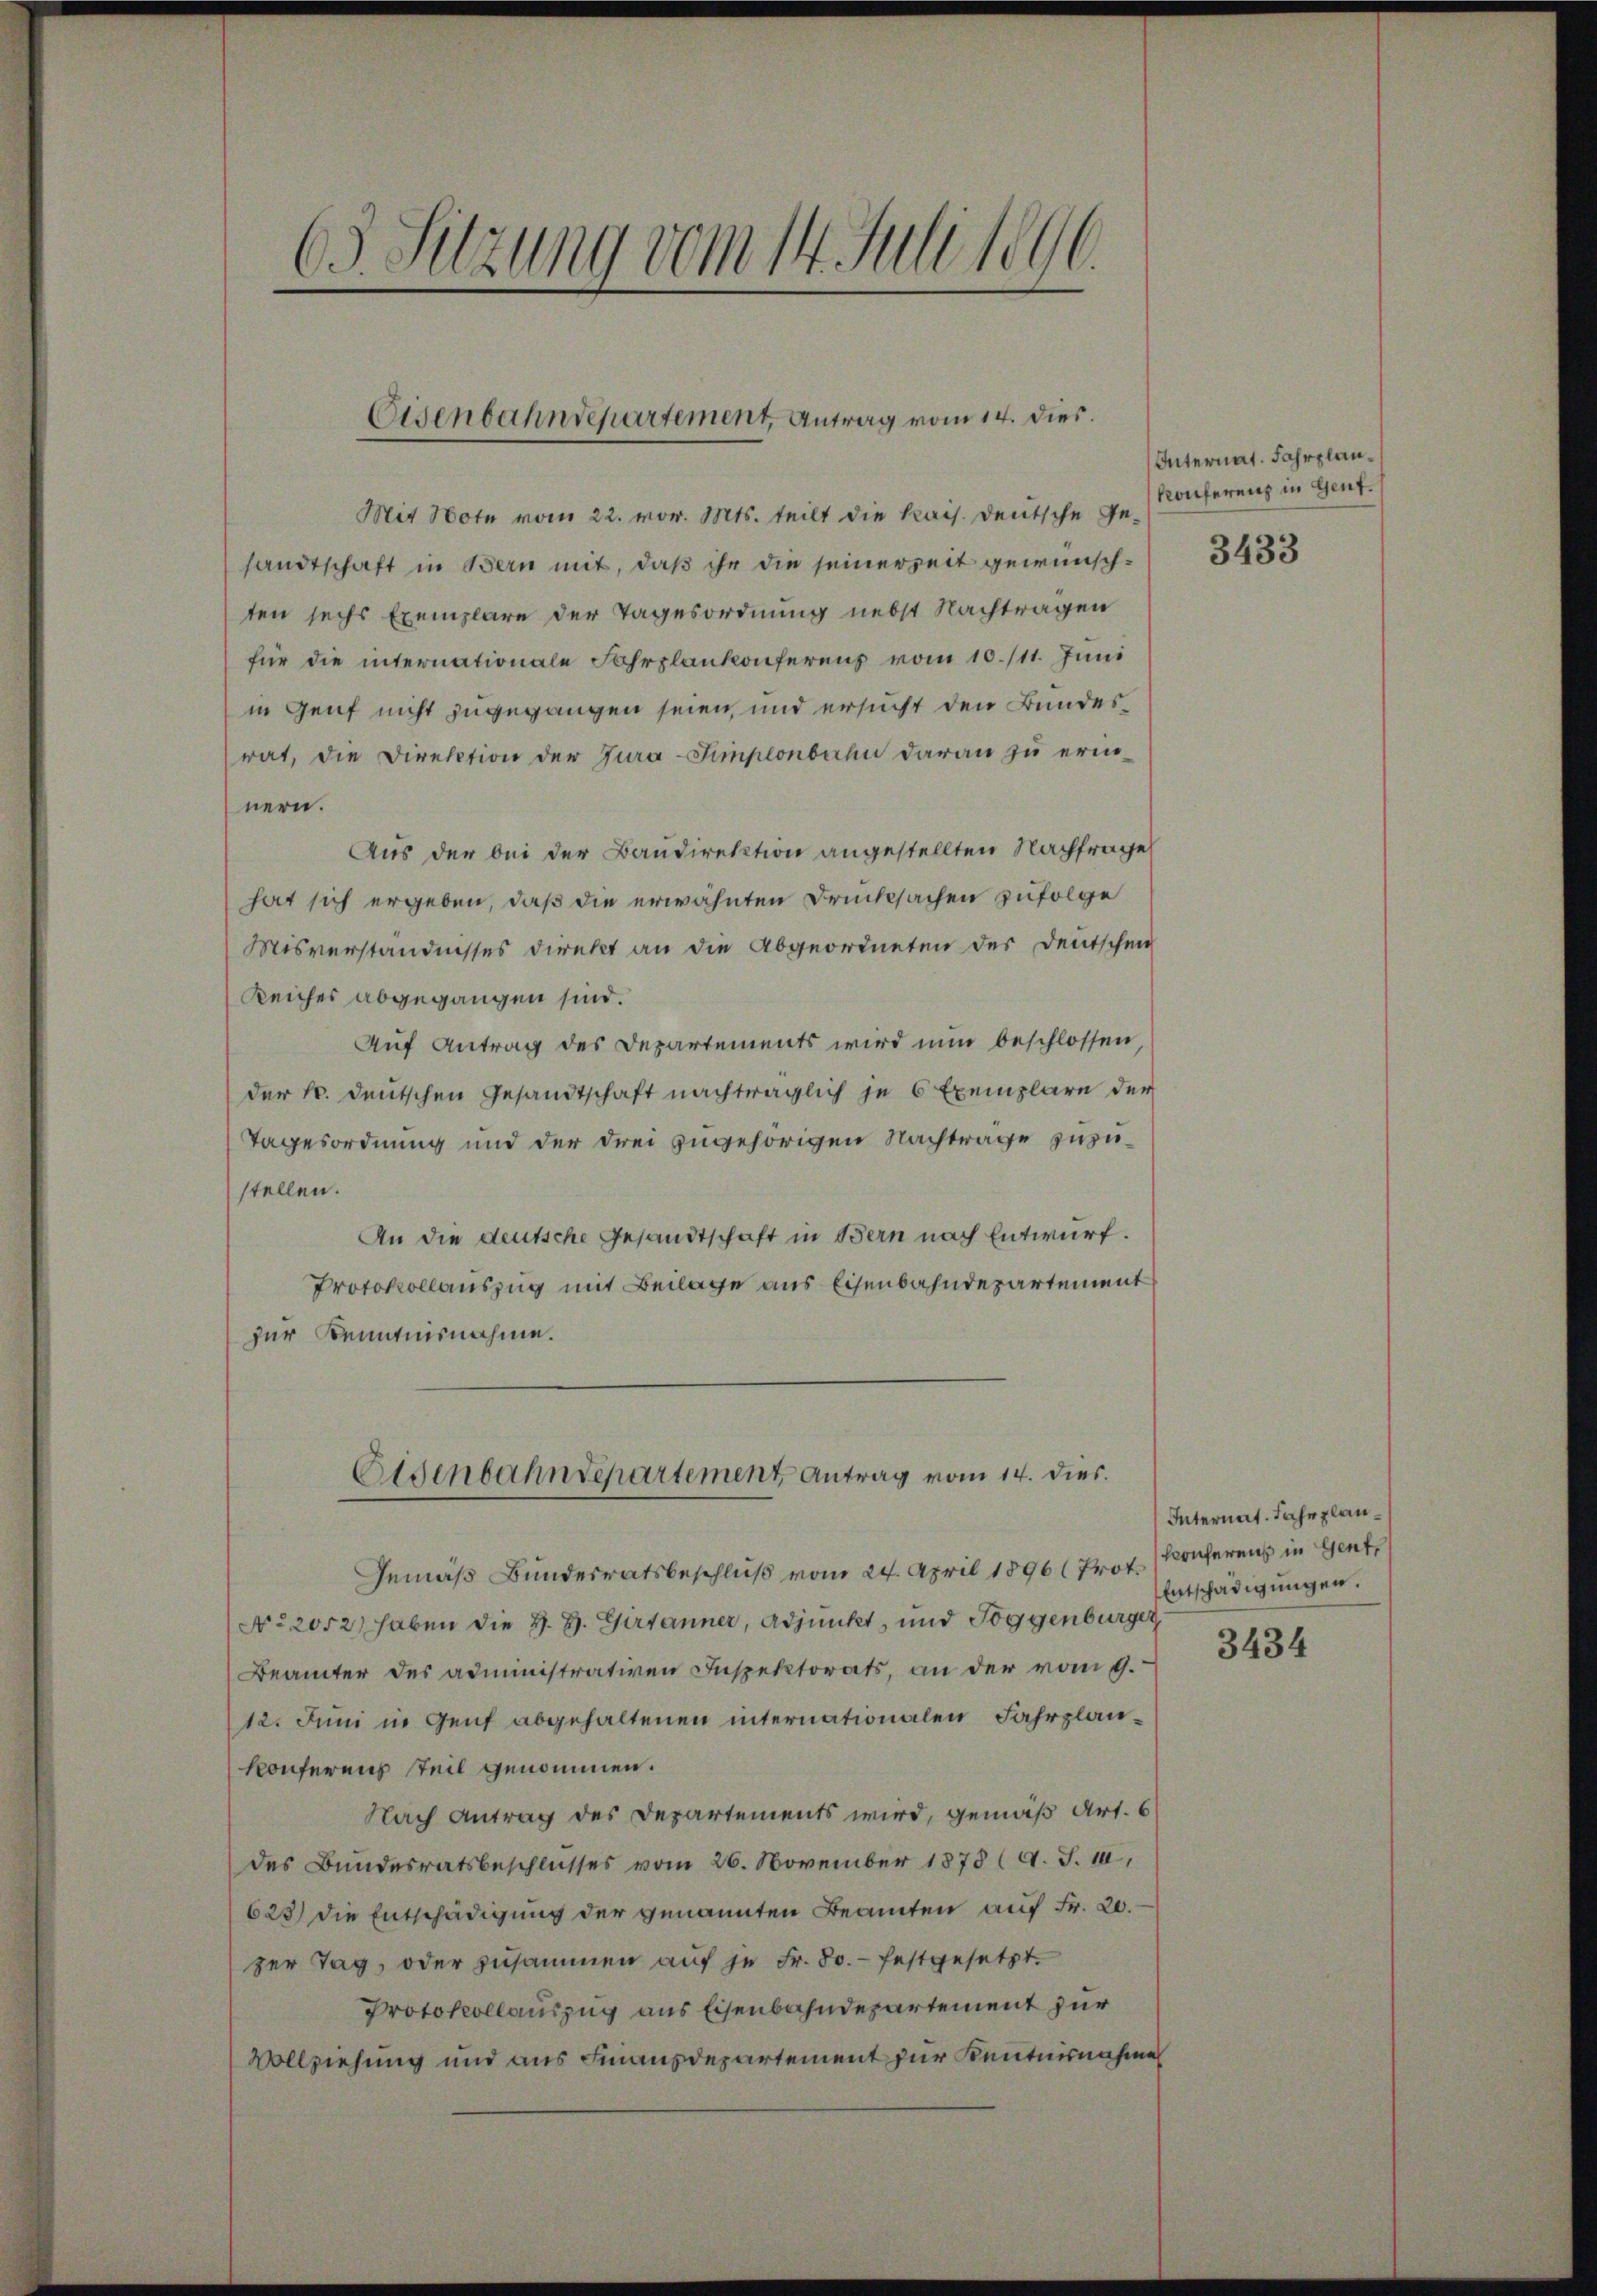
5
/
3. Sitzung vom 14. Juli 1896.

Eisenbahndepartement, Antrag vom 14. dies.

Mit Note vom 22. vor. Mts. teilt die kais. Deutsche Ge-
sandtschaft in Bern mit, daß ihr die seinerzeit gewünschten sechs Exemplare der Tagesordnung nebst Nachtragen
für die internationale Fahrplankonferens vom 10./11. Juni
in Genf nicht zugegangen seien, und ersucht den Bundesrat, die Direktion der Jura-Simplonbahn daran zu erin-
nern.
Aus der bei der Baudirektion angestellten Nachfrage
hat sich ergeben, daß die erwähnten Drucksachen zufolge
Misverständnisses direkt an die Abgeordneten des Deutschen
Reiches abgegangen sind.
Auf Antrag des Departements wird nun beschlossen,
der h. deutschen Gesandtschaft nachträglich je 6 Exemplare der
Tagesordnung und der drei zugehörigen Nachträge zuzustellen.
An die deutsche Gesandtschaft in Bern nach Entwurf.
Protokollauszug mit Beilage aus Eisenbahndepartement
zur Kenntnisnahme.
Eisenbahndepartement Antrag vom 14. dies
Gemäß Bundesratsbeschluß vom 24. April 1896 ( Prot.
N 22052) haben die H. H. Girtanner, Adjunkt, und Toggenburger
Beämter des administrativen Inspektorats, an der vom 9.
12. Juni in Genf abgehaltenen internationalen Fahrplankonferens teil genommen.
Nach Antrag des Departements wird, gemäß Art. 6
des Bundesratsbeschlusses vom 26. November 1878 (s. S. 10,
623) die Entschädigung der genannten Beamten auf Fr. 20.
zer Tag, oder zusammen auf je Fr. 50.- festgesetzt.
Protokollauszug aus Eisenbahndepartement zur
Vollziehung und aus Finanzdepartement zur Kenntnisnahme

Internat. Fahrplan¬
Konferenz in Gent¬

3433

Internat. Jahr plan¬
Konferens in Gent,
Entschädigungen.

3434